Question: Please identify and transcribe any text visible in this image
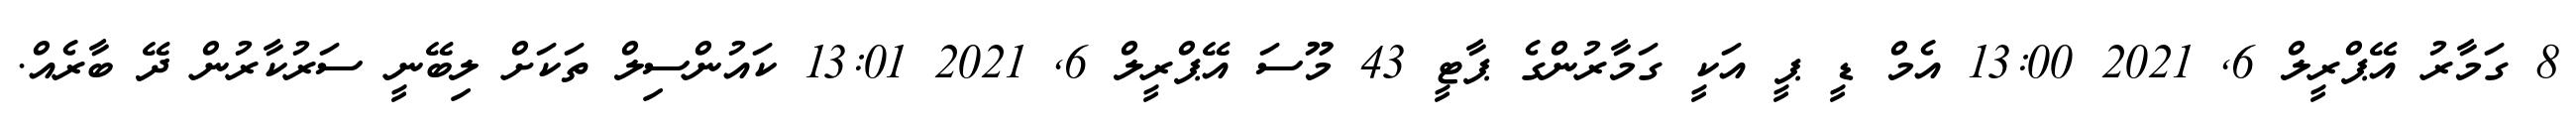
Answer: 8 ގަމާރު އޭޕްރީލް 6, 2021 13:00 އެމް ޑީ ޕީ އަކީ ގަމާރުންގެ ޕާޓީ 43 މޫސަ އޭޕްރީލް 6, 2021 13:01 ކައުންސިލް ތަކަށް ލިބޭނީ ސަރުކާރުން ދޭ ބާރެއް.